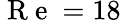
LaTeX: \mathrm{~R~e~}=18